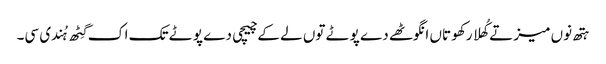
ہتھ نوں میز تے کُھلا رکھو تاں انگوٹھے دے پوٹے توں لے کے چیچی دے پوٹے تک اک گِٹھ ہُندی سی۔